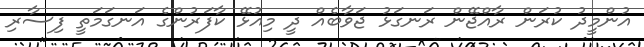
އުންމީދު ކުރަން ރާއްޖޭން ރަނގަޅު ޖަވާބެއް ދީ މިއުޅޭ ކާފަރުންގެ އަނގަމަތީ ފިސާރި